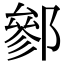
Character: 𨝐